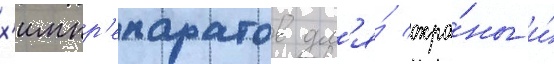
х'импр'епаратов дл'я́ охра́ны и́